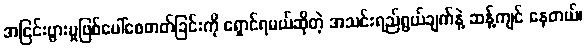
အငြင်းပွားမှုဖြစ်ပေါ်စေတတ်ခြင်းကို ရှောင်ရမယ်ဆိုတဲ့ အသင်းရည်ရွယ်ချက်နဲ့ ဆန့်ကျင် နေတယ်၊